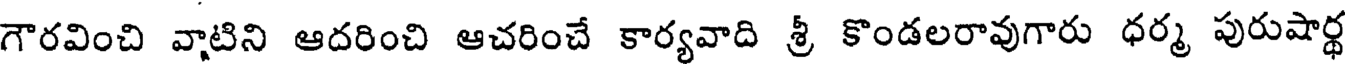
గౌరవించి వాటిని ఆదరించి ఆచరించే కార్యవాది శ్రీ కొండలరావుగారు ధర్మ పురుషార్ధ